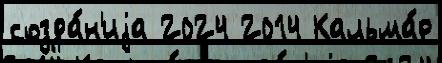
созда́н'иjа 2024 2014 Кальма́р